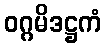
ဝဂ္ဂမိဒဋ္ဌကံ